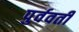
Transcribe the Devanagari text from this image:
पुर्ववर्ती